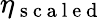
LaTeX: \eta_{\mathrm{~s~c~a~l~e~d~}}